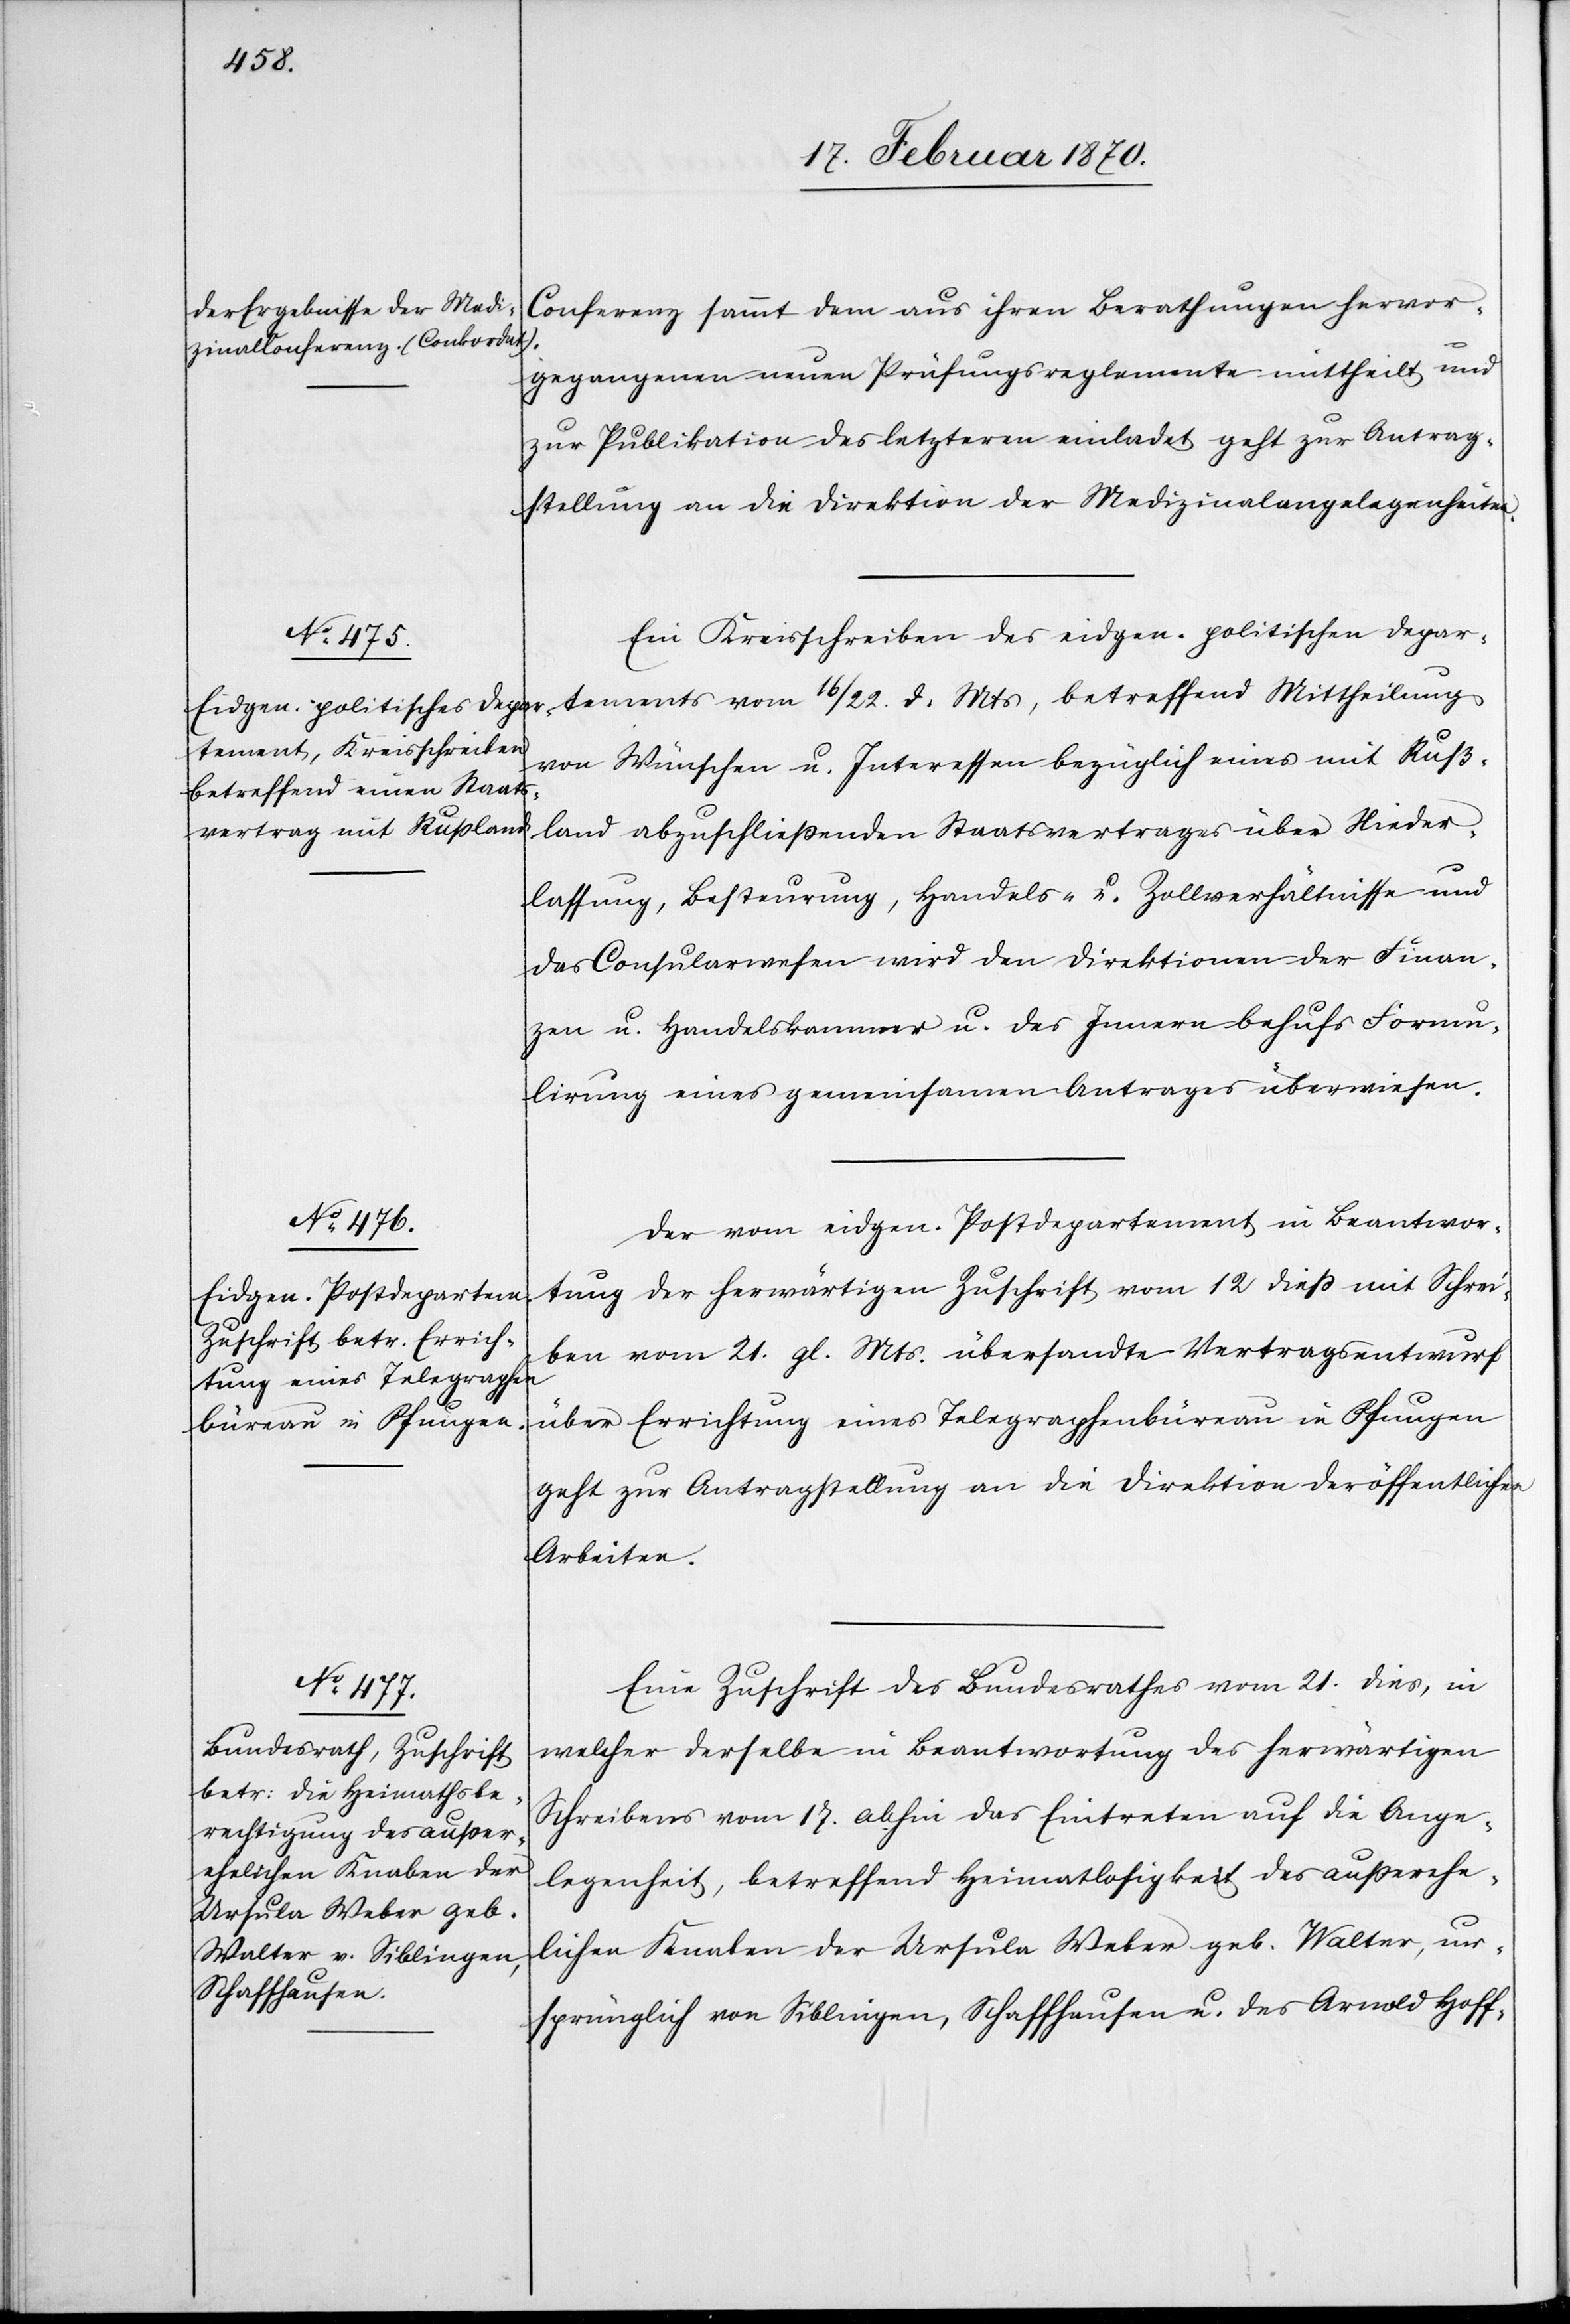
23. Februar 1870.]
Conferenz sammt dem aus ihren Berathungen hervor¬
gegangenen neuen Prüfungsreglemente mittheilt und
zur Publikation des letzteren einladet, geht zur Antrag¬
stellung an die Direktion der Medizinalangelegenheiten.
Ein Kreisschreiben des eidgen. politischen Depar¬
tements vom 16/22. d. Mts, betreffend Mittheilung
von Wünschen u. Interessen bezüglich eines mit Ruß¬
land abzuschließenden Staatsvertrages über Nieder¬
lassung, Besteurung, Handels- u. Zollverhältnisse und
das Consularwesen wird den Direktionen der Finan¬
zen u. Handelskammer u. des Innern behufs Formu¬
lirung eines gemeinsamen Antrages überwiesen.
Der vom eidgen. Postdepartement in Beantwor¬
tung der herwärtigen Zuschrift vom 12 dieß mit Schrei¬
ben vom 21. gl. Mts. übersandte Vertragsentwurf
über Errichtung eines Telegraphenbüreau in Pfungen
geht zur Antragstellung an die Direktion der öffentlichen
Arbeiten.
Eine Zuschrift des Bundesrathes vom 21. dies, in
welcher derselbe in Beantwortung des herwärtigen
Schreibens vom 17. abhin das Eintreten auf die Ange¬
legenheit, betreffend Heimatlosigkeit des außerehe¬
lichen Knaben der Ursula Weber geb. Walter, ur¬
sprünglich von Siblingen, Schaffhausen u. des Arnold Hoff-